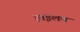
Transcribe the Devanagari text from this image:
हाइलम